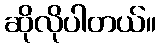
ဆိုလိုပါတယ်။